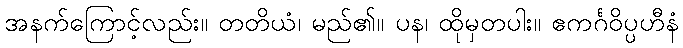
အနက်ကြောင့်လည်း။ တတိယံ၊ မည်၏။ ပန၊ ထိုမှတပါး။ ဧကင်္ဂဝိပ္ပဟီနံ